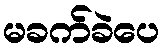
မခက်ခဲပေ